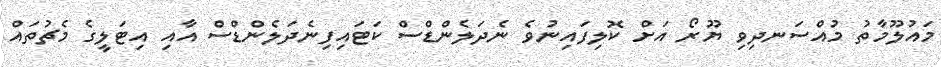
މައުލޫމާތު މުއްސަނދިވި ޔޫރޯ އަށް ކޮލިފައިނުވެ ނެދަލެންޑްސް ކަޓައިފިނެދަލެންޑްސް އާއި އިޓަލީގެ މެޗުތައް